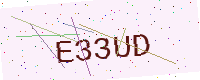
Text: E33UD